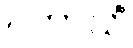
ပဟာသိံ